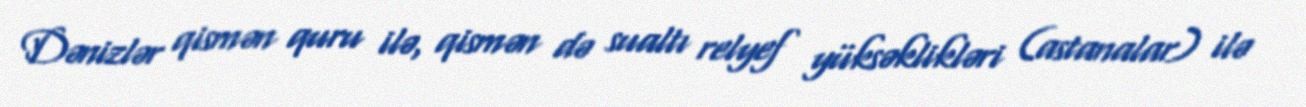
Dənizlər qismən quru ilə, qismən də sualtı relyef yüksəklikləri (astanalar) ilə